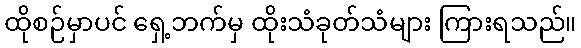
ထိုစဉ်မှာပင် ရှေ့ဘက်မှ ထိုးသံခုတ်သံများ ကြားရသည်။